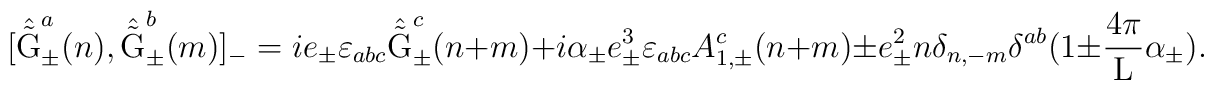
[\hat{\tilde{\rm G}}_{\pm}^a(n), \hat{\tilde{\rm G}}_{\pm}^b(m)]_{-}=ie_{\pm} \varepsilon_{abc} \hat{\tilde{\rm G}}_{\pm}^c(n+m)+i{\alpha}_{\pm} e_{\pm}^3 \varepsilon_{abc} A_{1,\pm}^c(n+m)\pm e_{\pm}^2 n \delta_{n,-m} \delta^{ab} (1 \pm \frac{4\pi}{\rm L}\alpha_{\pm} ).